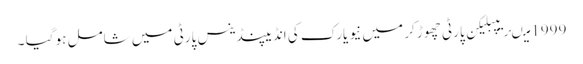
1999 میںریپبلیکن پارٹی چھوڑ کر میں نیو یارک کی انڈیپنڈینس پارٹی میں شامل ہو گیا ۔